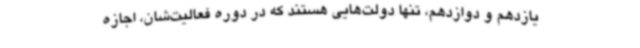
یازدهم و دوازدهم، تنها دولت‌هایی هستند که در دوره فعالیت‌شان، اجازه